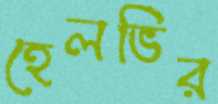
হেলভির